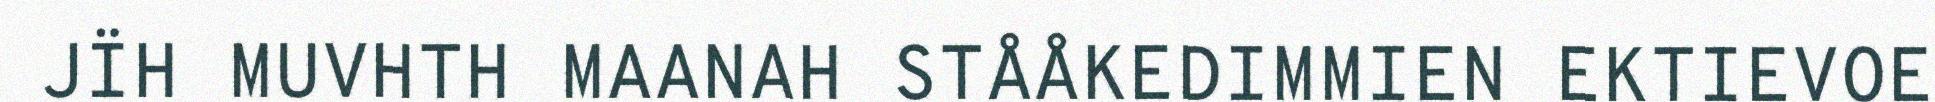
JÏH MUVHTH MAANAH STÅÅKEDIMMIEN EKTIEVOE